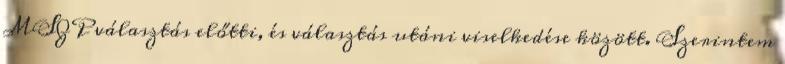
MSZP választás előtti, és választás utáni viselkedése között. Szerintem